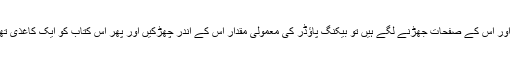
اگر آپ کی کوئی پرانی کتاب بوسیدہ ہو چکی ہے اور اس کے صفحات جھڑنے لگے ہیں تو بیکنگ پاؤڈر کی معمولی مقدار اس کے اندر چھڑکیں اور پھر اس کتاب کو ایک کاغذی تھیلے میں اور اس کے باہر مزید سوڈا چھڑک دیں۔